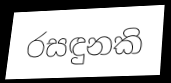
රසඳුනකි